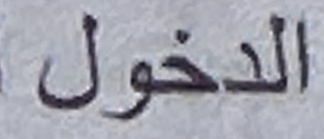
الدخول